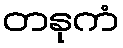
တနုကံ